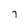
Character: 7